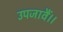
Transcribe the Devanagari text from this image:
उपजावैं।।